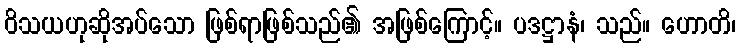
ဝိသယဟုဆိုအပ်သော ဖြစ်ရာဖြစ်သည်၏ အဖြစ်ကြောင့်။ ပဒဋ္ဌာနံ၊ သည်။ ဟောတိ၊